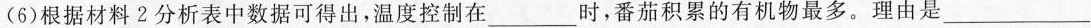
(6)根据材料2分析表中数据可得出，温度控制在___时，番茄积累的有机物最多。理由是___